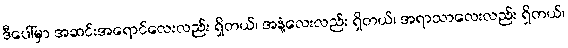
ဒီပေါ်မှာ အဆင်းအရောင်လေးလည်း ရှိတယ်၊ အနံ့လေးလည်း ရှိတယ်၊ အရာသာလေးလည်း ရှိတယ်၊